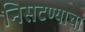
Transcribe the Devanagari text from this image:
निसटण्याचा